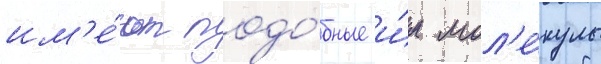
им'е́ют подо́бные и́м мол'е́кулы